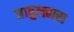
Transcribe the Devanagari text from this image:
जाबुल्झारा